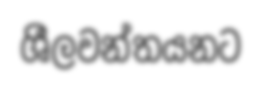
ශීලවන්තයනට